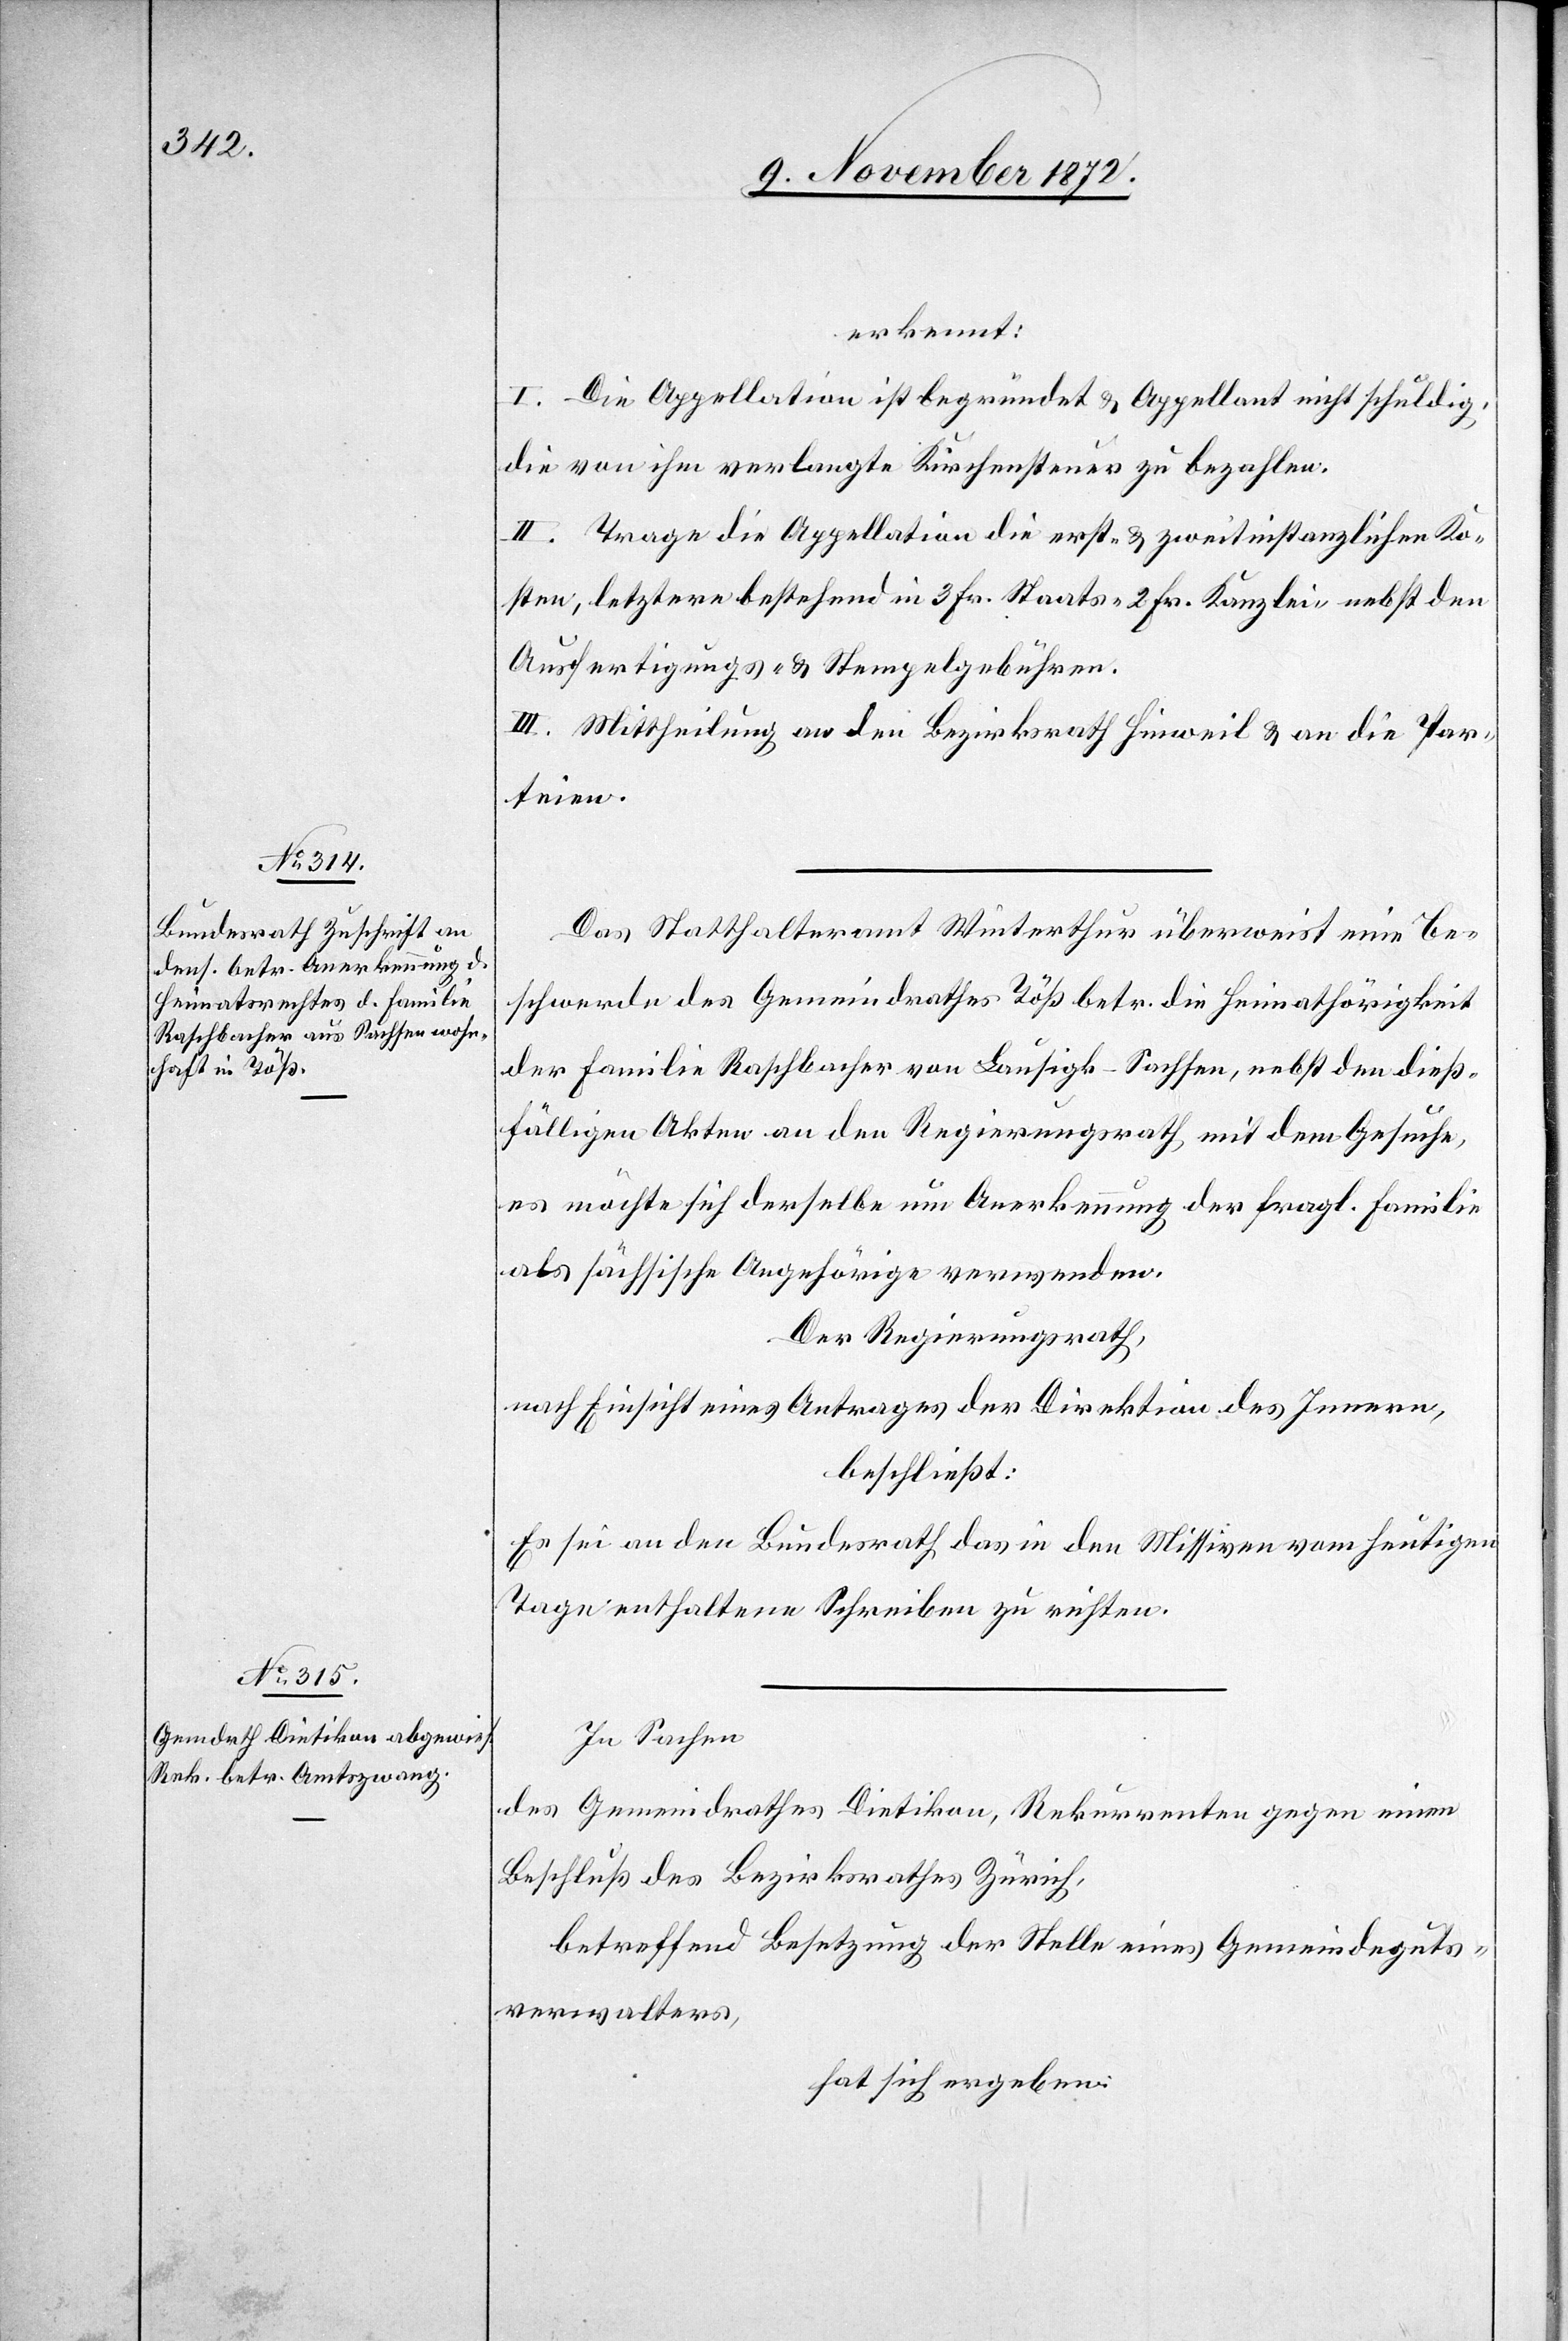
erkennt:
I. Die Appellation ist begründet u. Appellant nicht schuldig,
die von ihm verlangte Kirchensteuer zu bezahlen.
II. Trage die Appellation die erst- u. zweitinstanzlichen Ko¬
sten, letztere bestehend in 3 Fr. Staats- 2 Fr. Kanzlei- nebst den
Ausfertigungs- u. Stempelgebühren.
III. Mittheilung an den Bezirksrath Hinweil u. an die Par¬
teien.
Das Statthalteramt Winterthur überweist eine Be¬
schwerde des Gemeindrathes Töß betr. die Heimathörigkeit
der Familie Raschbacher von Lausigk-Sachsen, nebst den dieß¬
fälligen Akten an den Regierungsrath mit dem Gesuche,
es möchte sich derselbe um Anerkennung der fragl. Familie
als sächsische Angehörige verwenden.
Der Regierungsrath,
nach Einsicht eines Antrages der Direktion des Innern,
beschließt:
Es sei an den Bundesrath das in den Missiven vom heutigen
Tage enthaltene Schreiben zu richten.
In Sachen
des Gemeindrathes Dietikon, Rekurrenten gegen einen
Beschluß des Bezirksrathes Zürich,
betreffend Besetzung der Stelle eines Gemeindeguts¬
verwalters,
hat sich ergeben: